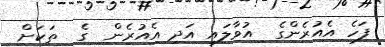
ފަހެ އެއުރެންގެ  އުވާލައި އަދި އެއުރެން  ގެ  ތަކަށް